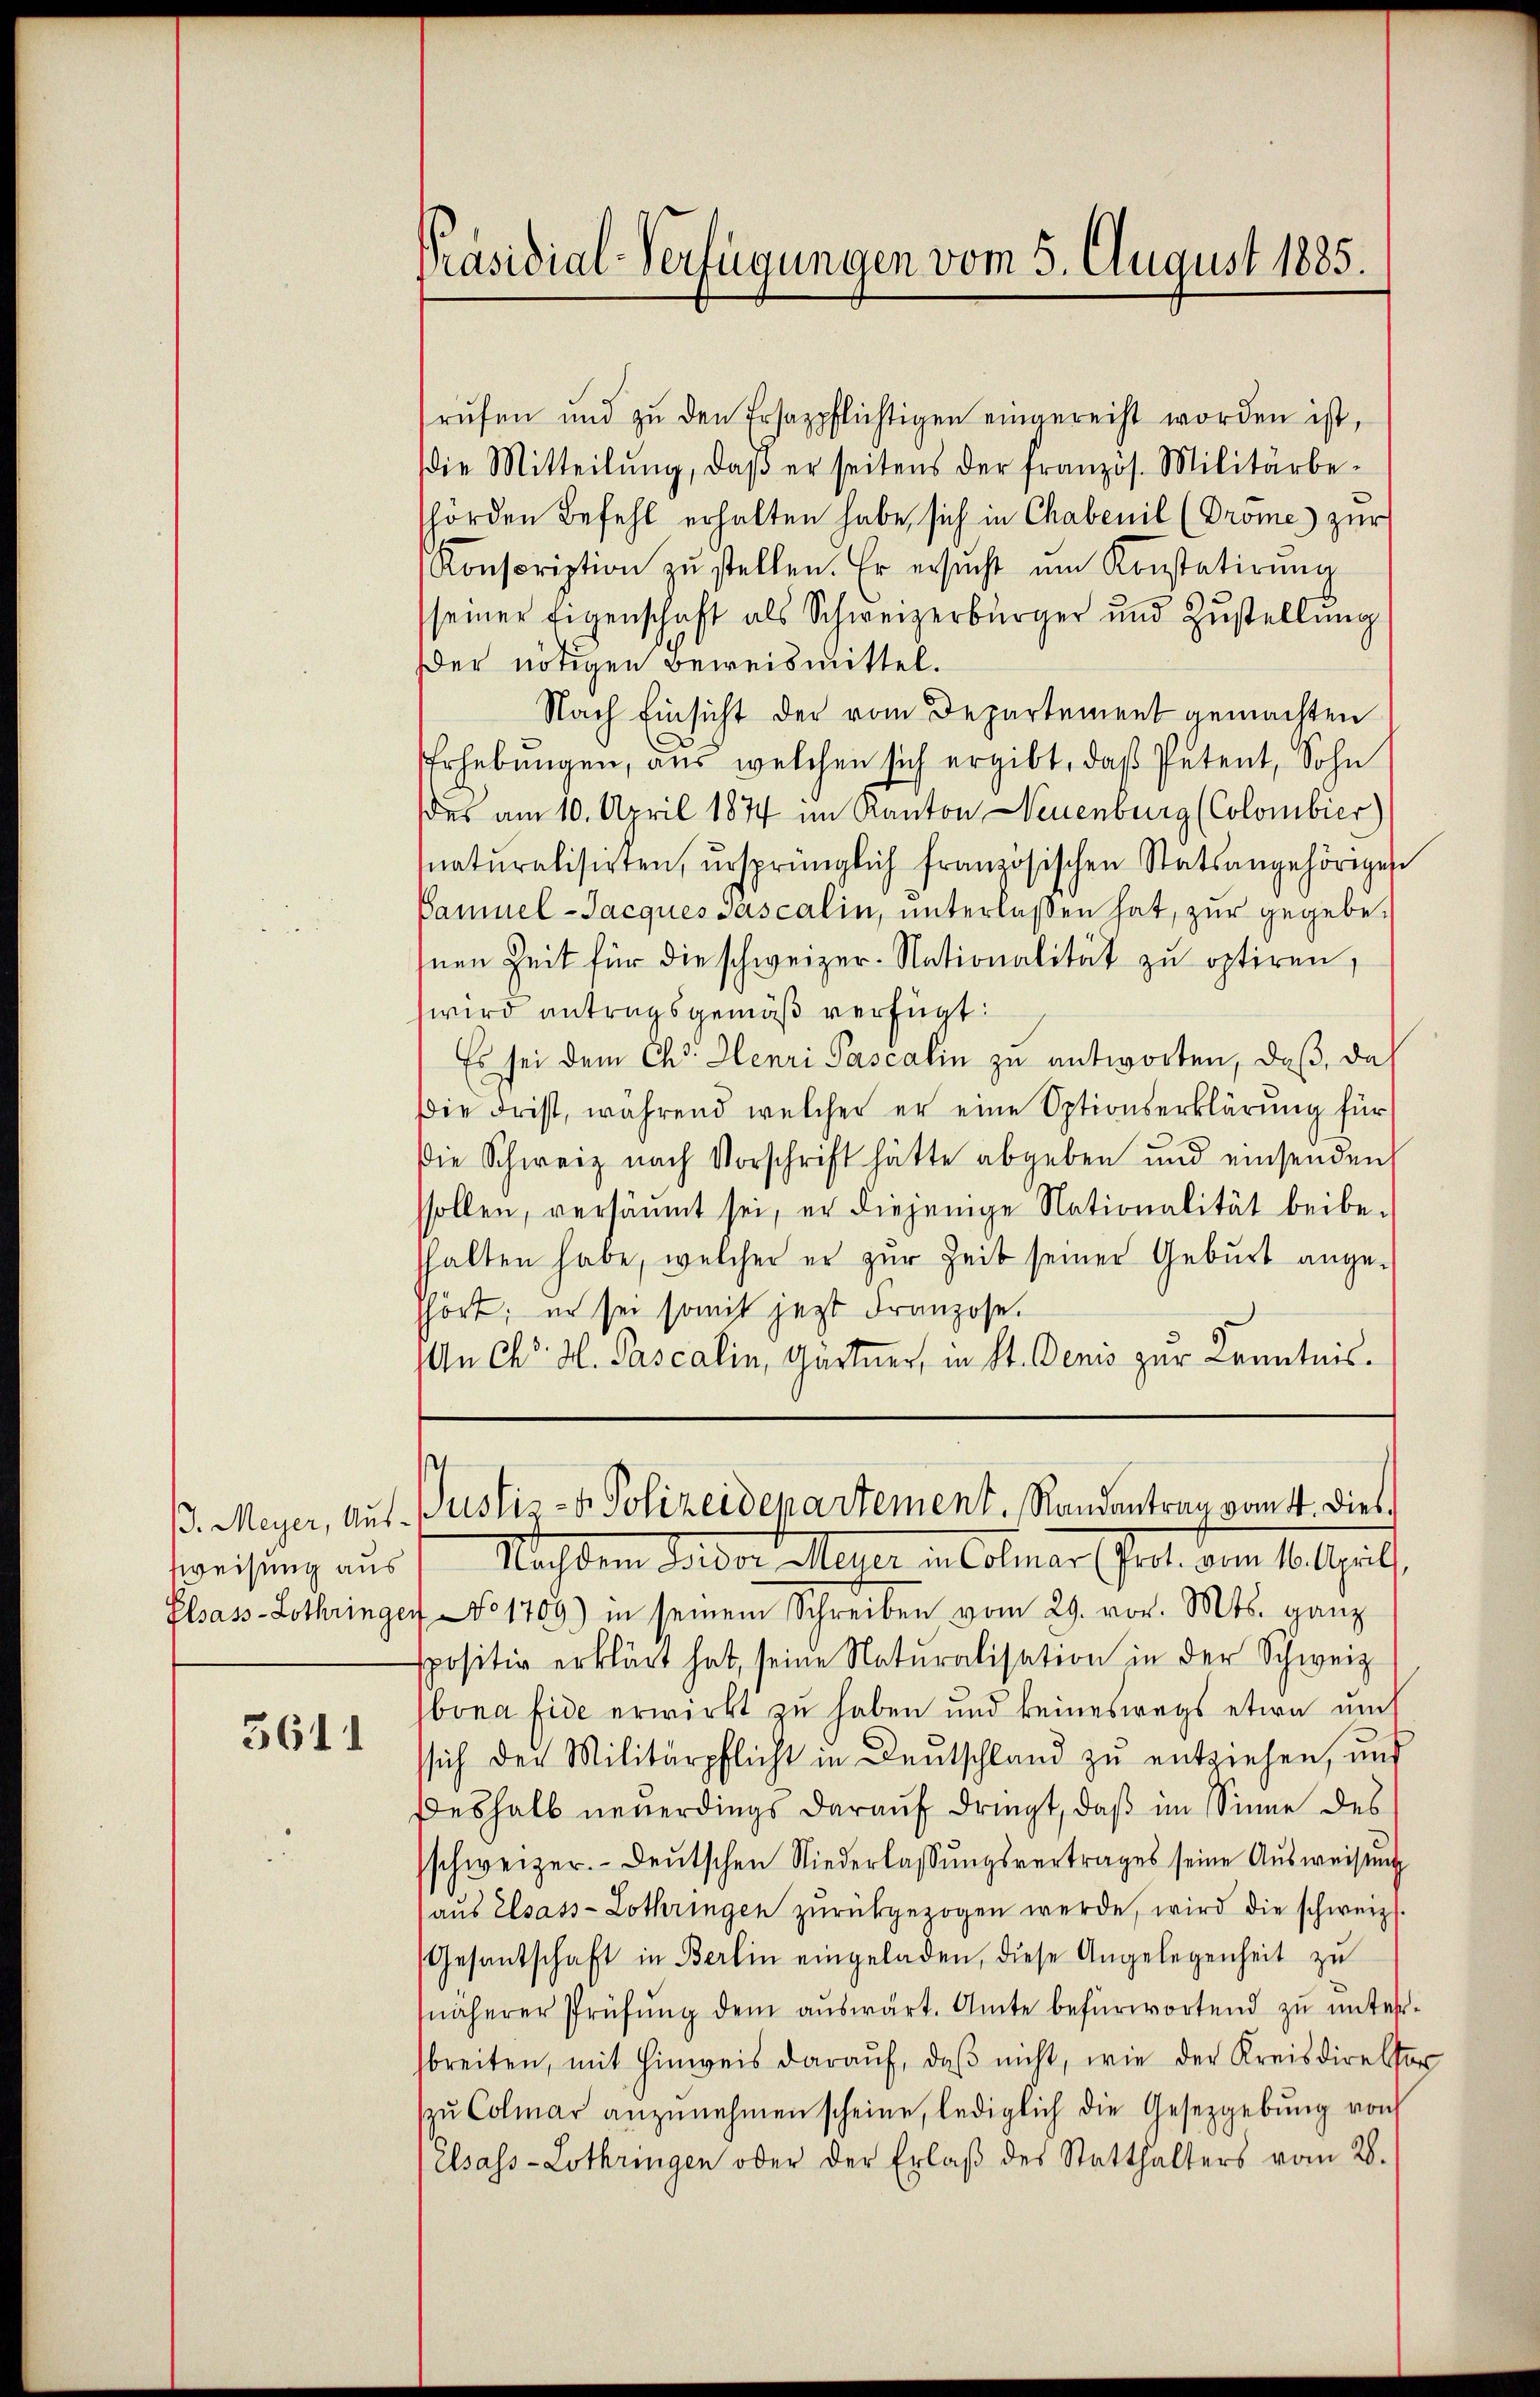
fweisung aus

3611

rŭfen und zŭ den Ersazpflichtigen eingerecht worden ist,
die Mitteilŭng, daβ er seitens der franzos. Militärbe-
hörden Befehl erhalten habe, sich in Chabenil (Dröme zur
Konscription zŭ stellen. Er ersucht im Konstatirŭng
seiner Eigenschaft als Schweizerbürger und Zustellung
er nötigen Beweismittel.
Nach Einsicht der vom Departement gemachten
Erhebungen, aus welchen sich ergibt, daß Petent, Sohn
des am 10. April 1874 im Kanton Neuenburg (Colombier)
snaturalisirten, ursprünglich französischen Statsangehörigen
Bamuel-Jacques Pascalin, unterlaßen hat, zur gegebeinen Zeit für die schweizer-Nationalität zu optiren,
wird antragsgemäß verfügt:
Es sei dem Chr. Henri Pascalin zu antworten, daß das
Die Frist, während welcher er eine Optionserklärung für
Die Schweiz nach Vorschrift hätte abgeben und einsenden
ssollen, versäumt sei, er diejenige Nationalität beibe-
hhalten habe, welcher er zur Zeit seiner Geburt angeshort; er sei somit jetzt Franzose.
An Chr. H. Pascalin, Gartner, in St. Denis zur Kenntnis¬

Präsidial-Verfügungen vom 5. August 1885.

13. Meyer, Aŭs- Pustiz- & Polizeidepartement. Randantrag vom 4. dies

Nachdem Beider Meier in Colmar (Prol. vom 10. Aprill,
Elsass-Lothringen No 1709) in seinem Schreiben vom 29. vor. Mts. ganz
positiv erklärt hat, seine Naturalisation in der Schweiz
bona fide erwirkt zu haben und keineswegs etwa um
sich der Militärpflicht in Deutschland zu entziehen, und
Deshalb neuerdings darauf dringt, daß im Sinne des
schweizer.- deŭtschen Niederlassŭngsvertrages seine Aŭsweisŭng
aŭs Elsass-Lothringen zŭrückgezogen werde, wird die schweiz.
Gesandschaft in Berlin eingeladen, diese Angelegenheit zŭ
näherer Prüfŭng dem aŭswärt. Amte befürwortend zŭ ŭnter-
breiten, mit Hinweis darauf, daß nicht, wie der Kreisdirektor
zŭ Colmar anzŭnehmen scheine, lediglich die Gesetzgebŭng von
Elsass-Lothringen ober der Erlaß des Statthalters vom 28.